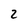
Character: 2